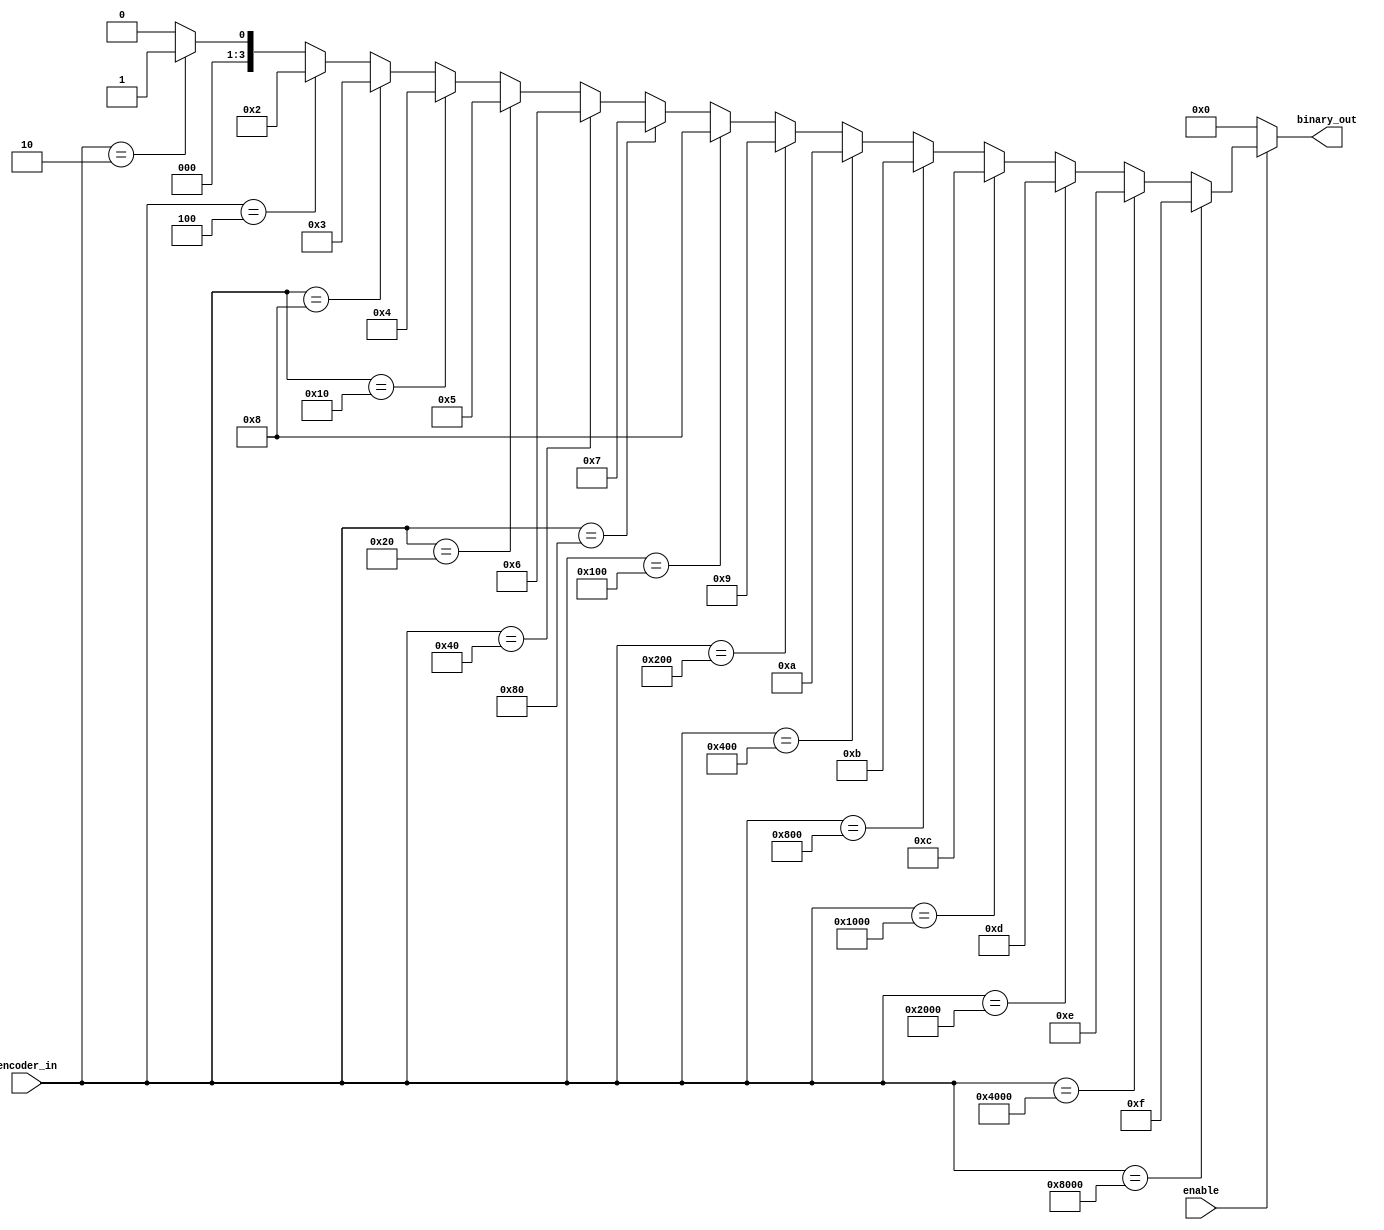
module encoder_using_if(
binary_out , //  4 bit binary output
encoder_in , //  16-bit input
enable       //  Enable for the encoder
); 
//-----------Output Ports---------------
output [3:0] binary_out  ;
//-----------Input Ports---------------
input  enable ; 
input [15:0] encoder_in ; 
//------------Internal Variables--------
reg [3:0] binary_out ;  
//-------------Code Start-----------------
always @ (enable or encoder_in)
 begin 
   binary_out = 0; 
   if (enable) begin
     if (encoder_in == 16'h0002) begin
      binary_out = 1;
     end  if (encoder_in == 16'h0004) begin 
      binary_out = 2; 
     end  if (encoder_in == 16'h0008) begin 
      binary_out = 3; 
     end  if (encoder_in == 16'h0010) begin 
      binary_out = 4; 
     end  if (encoder_in == 16'h0020) begin 
      binary_out = 5; 
     end  if (encoder_in == 16'h0040) begin 
      binary_out = 6; 
     end  if (encoder_in == 16'h0080) begin 
      binary_out = 7; 
     end  if (encoder_in == 16'h0100) begin 
      binary_out = 8; 
     end  if (encoder_in == 16'h0200) begin 
      binary_out = 9; 
     end if (encoder_in == 16'h0400) begin 
      binary_out = 10; 
     end  if (encoder_in == 16'h0800) begin 
      binary_out = 11; 
     end  if (encoder_in == 16'h1000) begin
      binary_out = 12; 
     end  if (encoder_in == 16'h2000) begin 
      binary_out = 13;
     end  if (encoder_in == 16'h4000) begin 
      binary_out = 14; 
     end if (encoder_in == 16'h8000) begin 
      binary_out = 15; 
     end
  end
end
      
endmodule